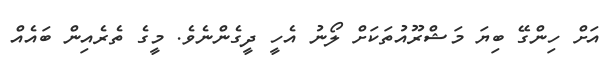
އަށް ހިންގޭ ބިޔަ މަޝްރޫއުތަކަށް ލޯނު އެހީ ދީގެންނެވެ. މީގެ ތެރެއިން ބައެއް